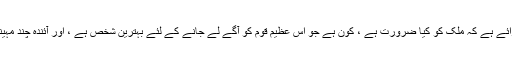
ہر امریکی کی رائے ہے کہ ملک کو کیا ضرورت ہے ، کون ہے جو اس عظیم قوم کو آگے لے جانے کے لئے بہترین شخص ہے ، اور آئندہ چند مہینوں میں کیا ہوگا۔